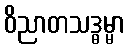
ဝိညာတသဒ္ဓမ္မာ